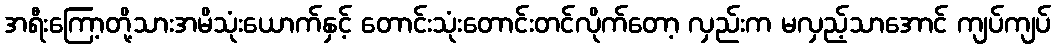
အရီးကြော့တို့သားအမိသုံးယောက်နှင့် တောင်းသုံးတောင်းတင်လိုက်တော့ လှည်းက မလှည့်သာအောင် ကျပ်ကျပ်